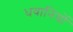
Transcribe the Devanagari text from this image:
धवानियों